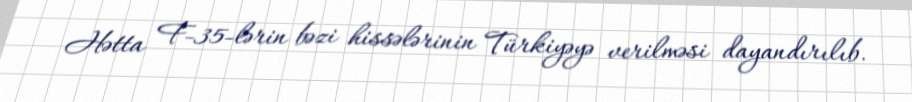
Hətta F-35-lərin bəzi hissələrinin Türkiyəyə verilməsi dayandırılıb.